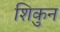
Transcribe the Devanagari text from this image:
शिकुन